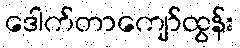
ဒေါက်တာကျော်ထွန်း